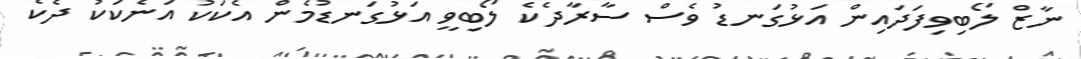
ނާޒް ލޯބިވިފަދައިން އަޅުގަނޑު ވެސް ސާރާދެކެ ލޯބިވީ އަޅުގަނޑުމެން އެކަކު އަނެކަކު ދެކެ